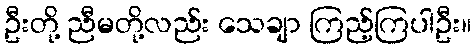
ဦးတို့ ညီမတို့လည်း သေချာ ကြည့်ကြပါဦး။